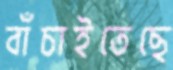
বাঁচাইতেছে